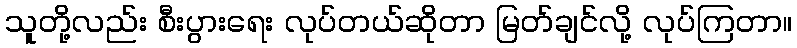
သူတို့လည်း စီးပွားရေး လုပ်တယ်ဆိုတာ မြတ်ချင်လို့ လုပ်ကြတာ။